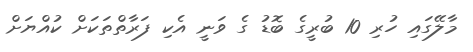
މާލޭގައި ހުރި 10 ބުރީގެ ބޮޑު ގެ ވަނީ އެކި ފަރާތްތަކަށް ކުއްޔަށް